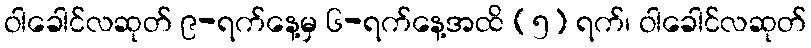
ဝါခေါင်လဆုတ် ၉-ရက်နေ့မှ ၆-ရက်နေ့အထိ (၅) ရက်၊ ဝါခေါင်လဆုတ်